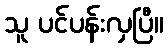
သူ ပင်ပန်းလှပြီ။